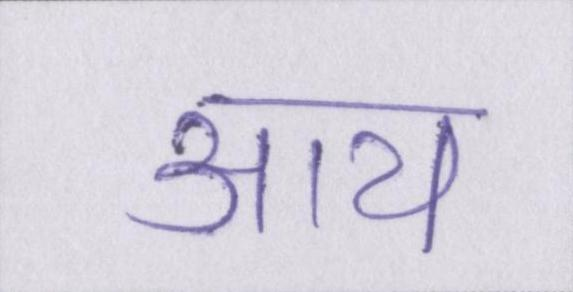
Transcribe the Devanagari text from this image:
आय